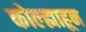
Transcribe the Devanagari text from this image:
कोल्ह्याहून